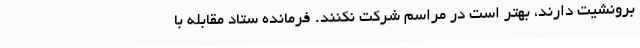
برونشیت دارند، بهتر است در مراسم شرکت نکنند. فرمانده ستاد مقابله با